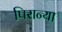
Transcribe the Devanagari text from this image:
पिरान्या